Bréfritari: Sigríður Pálsdóttir
Viðtakandi: Páll Pálsson
Dagsetning: A-1866-09-10
Skrifað á: Breiðabólsstað  Rang.
Páll var bróðir Sigríðar

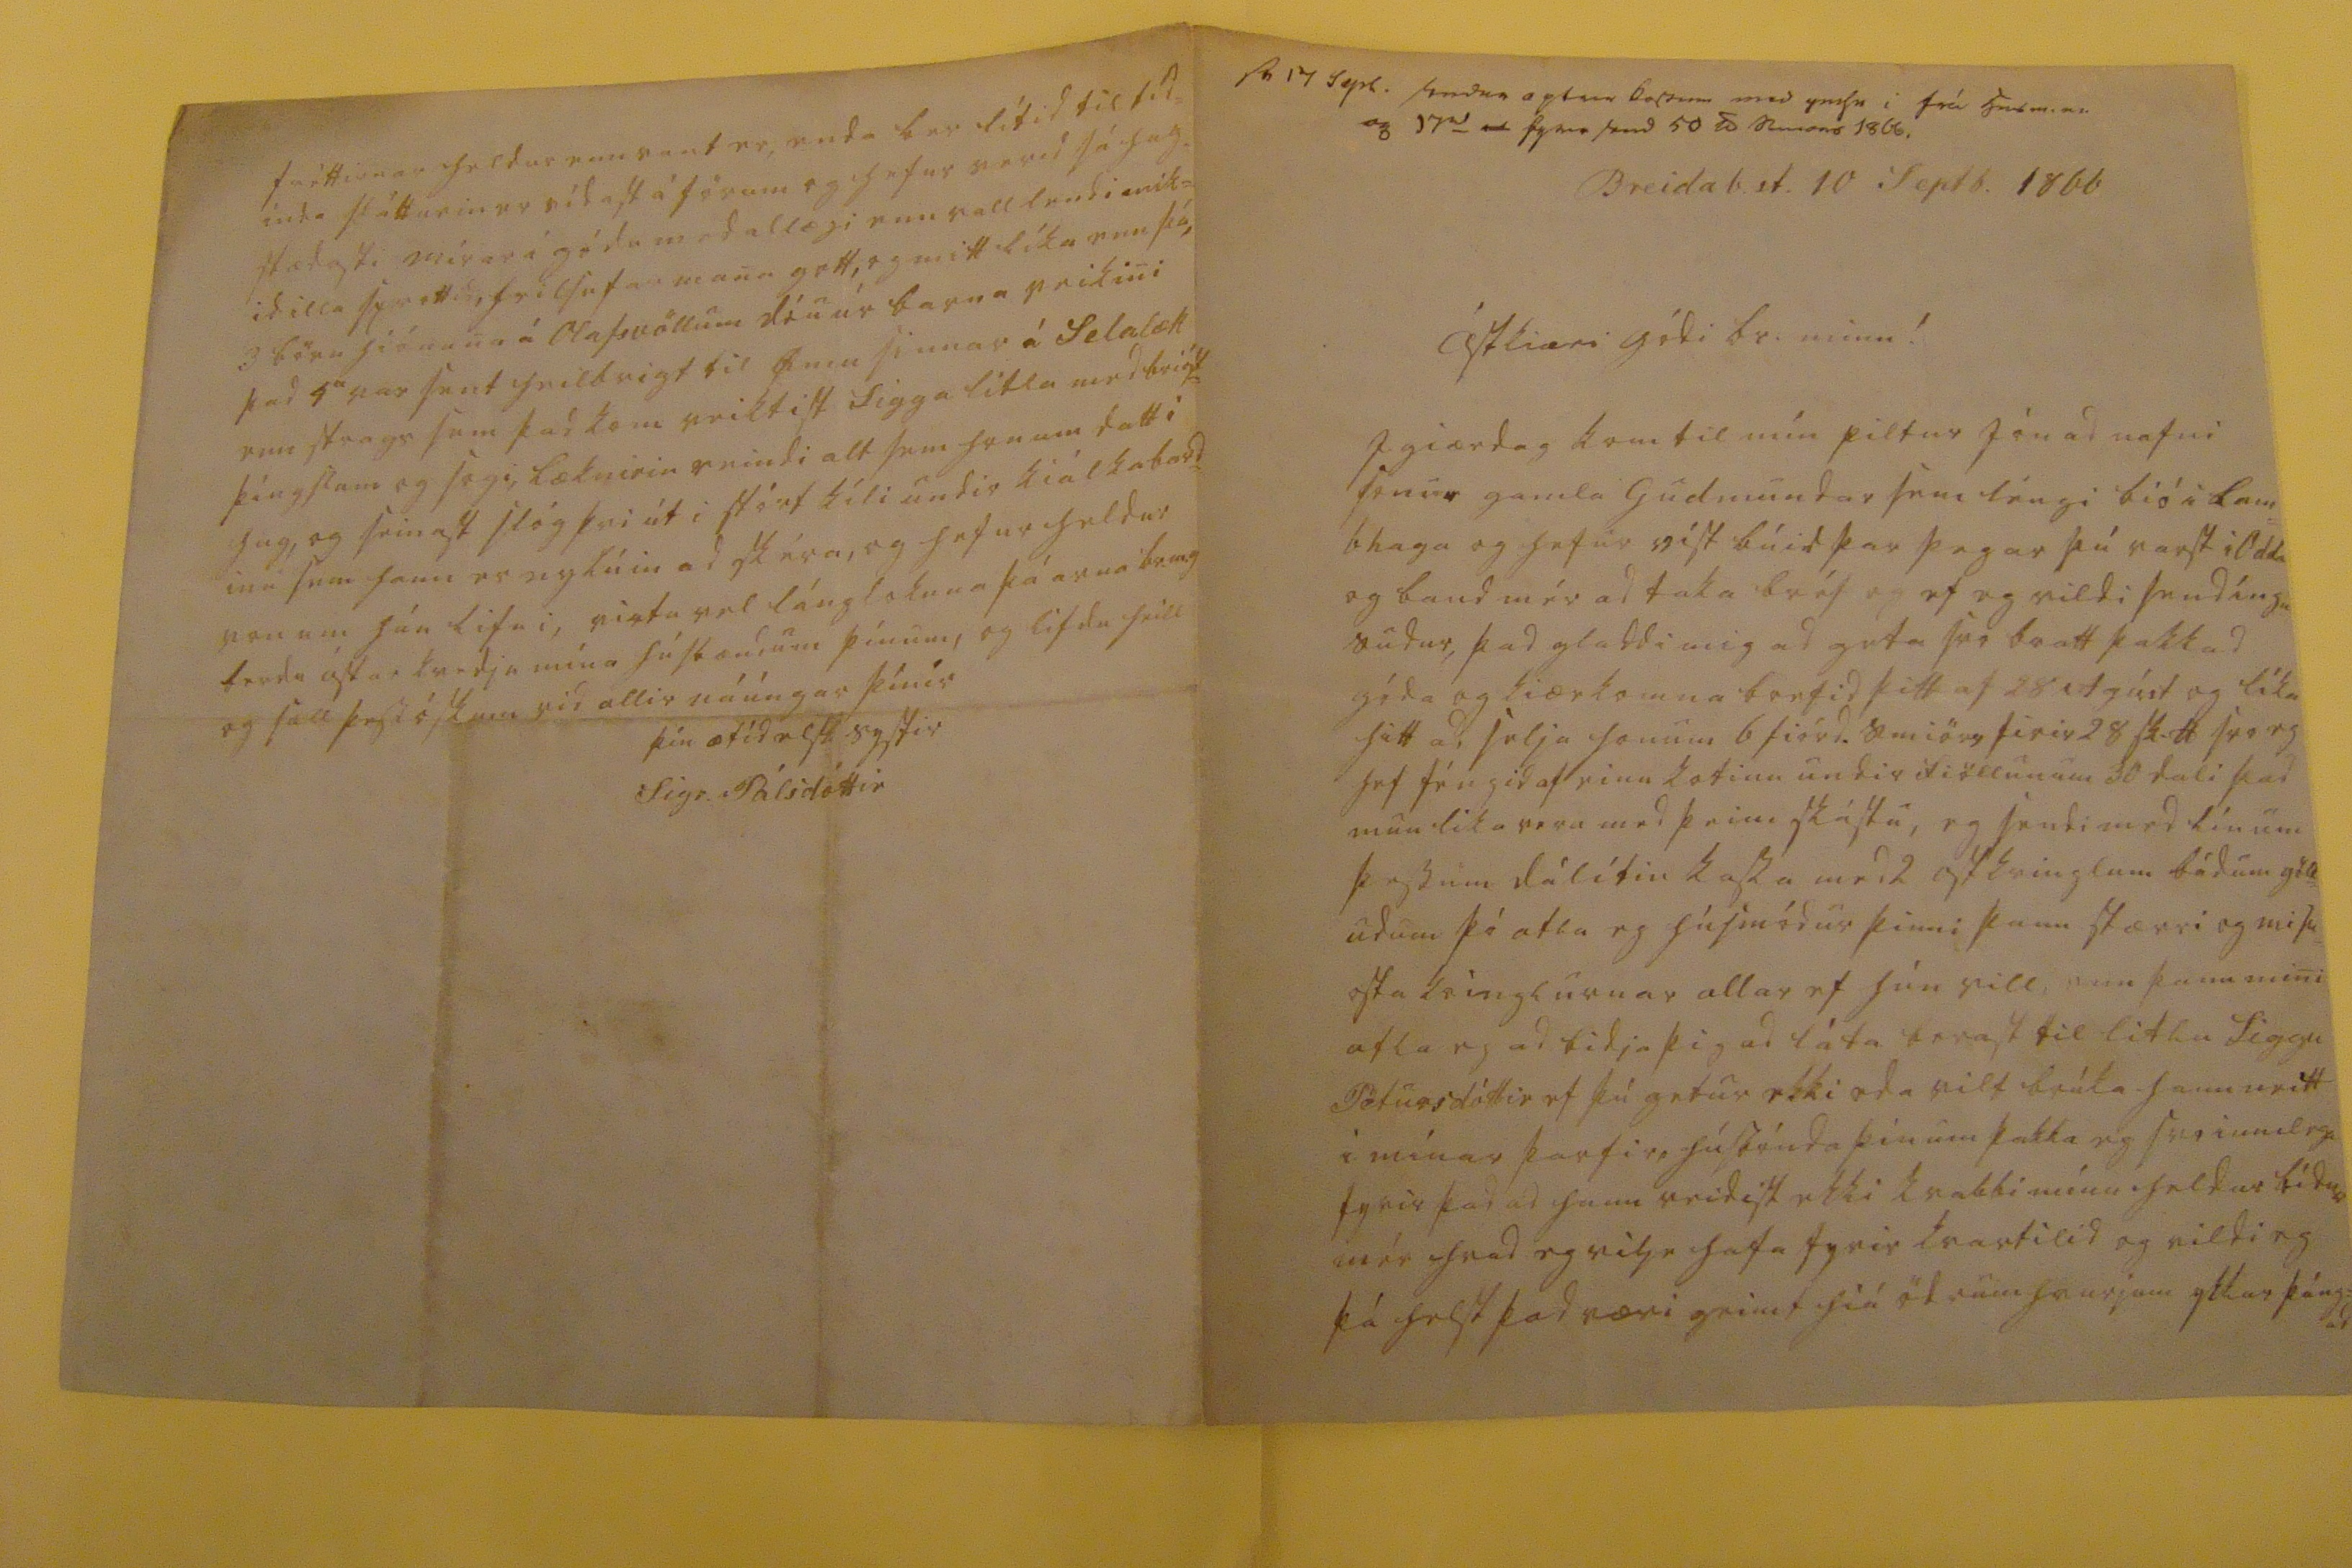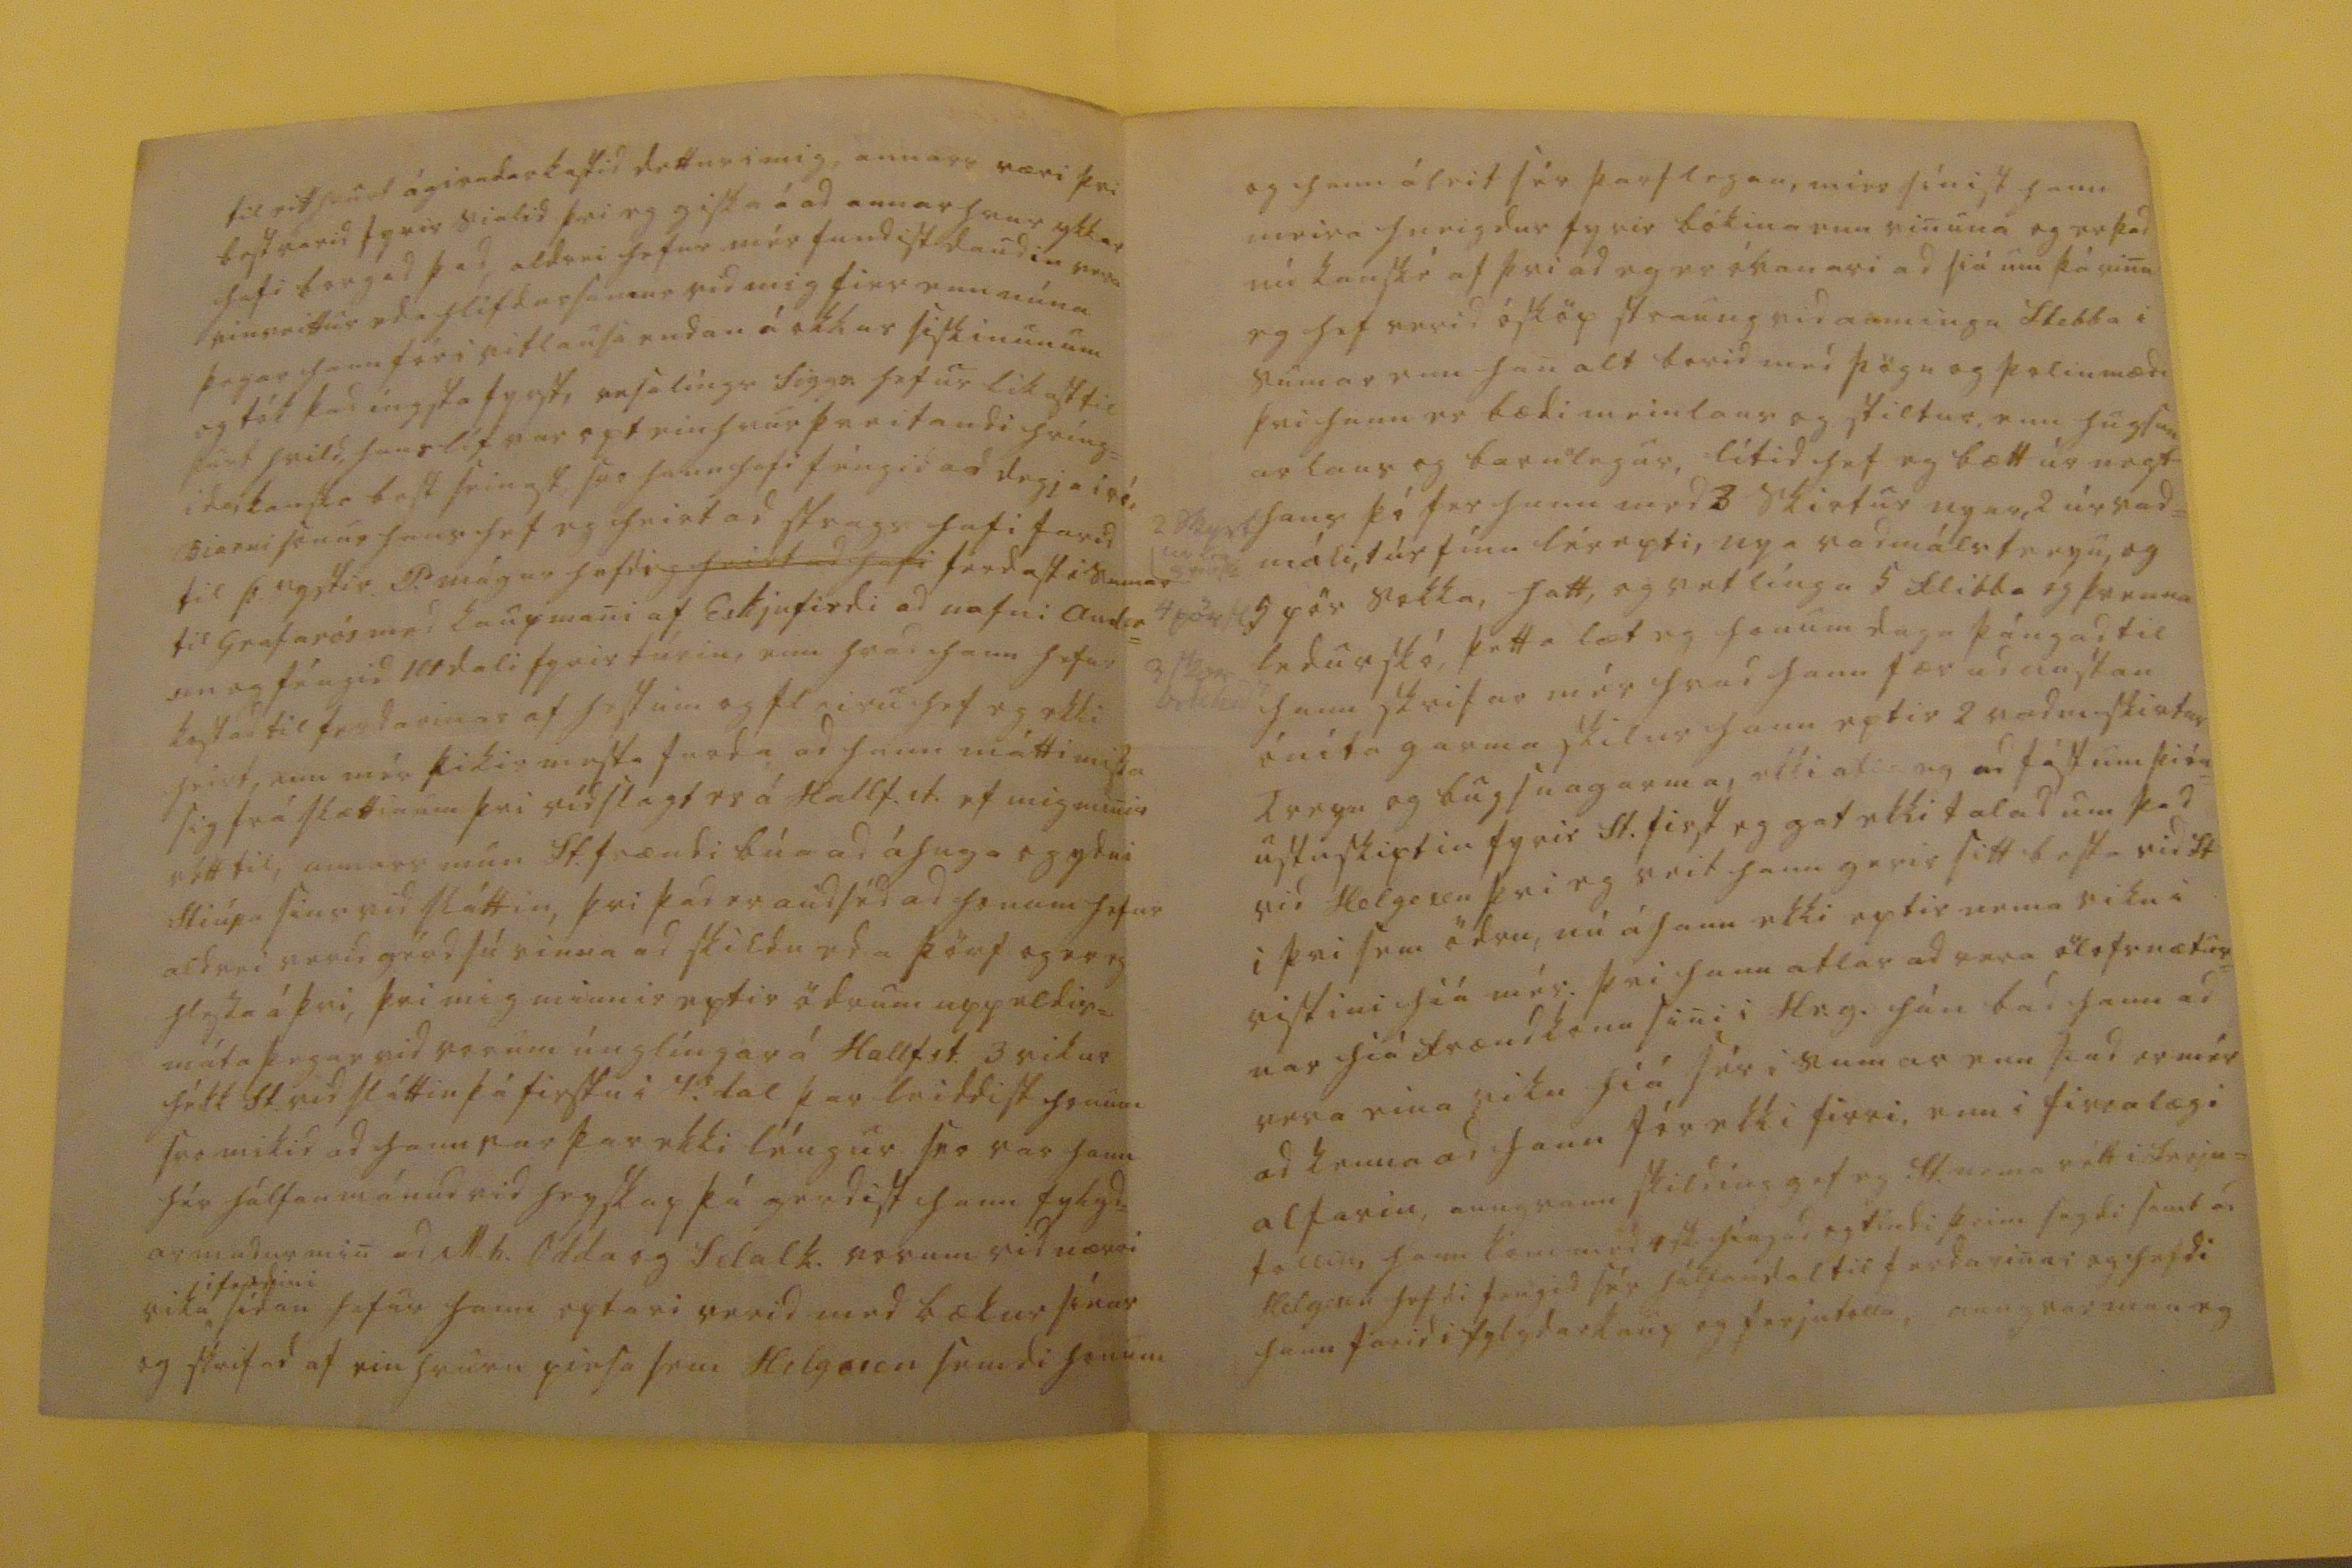

sv sv 17 Sepb. sendur aptur boss0nn med peisu i frá 00b m. 00 og 17
00
00 fyrra send 50 s00000 1866.
Breidab.st. 10 Septb. 1866
ástkiæri gódi br. minn!
I giærdag kom til mín piltur Jón ad nafni sonur gamla Gudmundar sem léngi bió i lam= bhaga og hefur vist búid þar þegar þú varst i Odda og baud mér ad taka bréf og ef eg vildi sendíngu sudur, þad gladdi mig ad geta svo bratt þakkad góda og kiærkomna brefid þitt af 28 Agúst og líka hitt ad selja honum 6 fiórd. smiörs firir 28 sk. lb svo eg hef féngid af einu kotinu undir fiöllunum 30 dali þad mun lika vera med þeim skástu, eg sendi med línum þessum dálítin kassa med 2 ostkringlum bádum göll= udum þó atla eg húsmódur þinni þann stærri og misu= osta kringlurnar allar ef hún vill, enn þann mini atla eg ad bidja þig ad láta berast til litlu Siggu Pétursdóttir ef þú getur ekki eda vilt brúka hann neitt i mínar þarfir, húsbónda þínum þakka eg svo innilega fyrir þad ad hann reidist ekki kvabbi mínu heldur bidur mér hvad eg vilje hafa fyrir kvartilid og vildi eg þá helst þad væri geimt hiá ödrum hvurjum ykkar þáng= ad
til eitthvurt ágirndar kastid dettur i mig, annars væri þvi best varid fyrir sialid þvi eg giska á ad annar hvur ykkar hafi borgad þad, aldrei hefur mér fundist daudin vera vinveittur eda hlífdarsamur vid mig firr enn núna þegar hann fór i vitlausa endan á okkur siskinunum og tók þad íngsta fyrst, vesalíngs Siggr: hefur likast til þurt hvild, hans líf var opt einhvur þreitandi hríng= idá kanske best seinast, svo hann hafi féngid ad degja i ró, Biarni sonur hans hef eg heirt ad strags hafi farid til Þ. systir P. mágur hafdi
g heirt ad hafi
ferdast i sumar til Grafarós med kaupmani af Eskjufirdi ad nafni Ander= sen og féngid 100 dali fyrir túrin, enn hvad hann hefur kastad til ferdarinar af hestum og fleiru hef eg ekki heirt, enn mér þikir mesta
froda
ad hann mátti missa sig frá slættinum þvi vídslagt er á Hallf.st. ef mig minir rétt til, annars mun St. frændi búa ad áhuga og ydni stiúpa sins vid sláttin, þvi þad er audséd ad honum hefur aldrei verid gérd sú vinna ad skildu eda þörf og er eg hlessa á þvi, þvi mig minnir eptir ödrum uppeldis= máta þegar vid vorum únglíngar á Hallf.st. 3 vikur hékk St. vid sláttin þá firstu i V.dal þar leiddist honum svo mikid ad hann var þar ekki léngur svo var hann hér hálfan mánud vid heyskap þá gerdist hann fykyd= ar madur min ad M.h. Odda og Selalk. vorum vid nærri viku
i ferdini
sídan hefur hann optar i verid med bækur sínar og skrifad af einhvurn piesa sem Helgason semdi honum
og hann áleit sér þarflegan, mier sínist hann meira hneigdur fyrir bókina enn vinuna og er þad nú kanské af þvi ad eg er óvanari ad siá um þá vinu eg hef verid ósköp straung vid auminga Stebba i sumar enn han alt borid med þögn og þolinmædi þvi hann er bædi meinlaus og stiltur enn hugsun ar laus og barnlegur, lítid hef eg bætt úr nægt hans þó fer hann med 3 skirtur nyar, 2 úr vad= máli, 1 úr fínu lérepti, nya vadmáls treyu, og 5 pör sokka, hatt, og vetlínga 5 flibba og þrenna ledurskó, þetta læt eg honum duga þángad til hann skrifar mér hvad hann fær ad austan óníta garma skilur hann eptir 2 vadm skirtur treyu og bugsnagarma, ekki atla eg ad fást um þión= ustuskiptin fyrir St. first eg gat ekki talad um þad vid Helgesen þvi eg veit hann gerir sitt besta vid St i þvi sem ödru, nú á hann ekki eptir nema viku i vistini hiá mér þvi hann atlar ad vera ölofsnætur= nar hiá frænkonu sini i Hr.g. hún bad hann ad vera eina viku hiá sér i sumar enn þad er mér ad kenna ad hann fór ekki firri, enn i firralægi alfarin, aungvann skildíng gef eg St. nema rétt i ferju= tollin, hann kom med
0sk
híngad og tíndi þeim sagdi samt á Helgesen hefdi fengid sér hefdi fengid sér hálfan dal til ferdavinu i og hefdi hann farid i fylgdarkaup og ferjutolla, aungvar man eg
fréttirnar heldur enn vant er, enda ber lítid til tíd= inda slátturin er vídast á förum og hefur verid sá hag= stædasti mírar i gódu medallægi enn valllendi mik= id illa sprottid, heilsufar mana gott, og mitt líka enn þá, 3 börn hiónana á Olafsvöllum dóu úr barna veikini þad 4
a
var sent heilbrigt til
Omu
sinnar á Selalæk enn strags sem þad kom veiktist Sigga litla med brióst= þínslum og sogi, læknirin reindi alt sem honum datt i hug, og seinast slóg þvi út i stórt kíli undir kiálkabord= inu sem hann er nybúin ad skéra, og hefur heldur von um hún lifni, virtu vel lánglokuna þá arna br.m.g berdu ástar kvedju mína húsbændum þínum, og lifdu heill og sæll þess óskum vid allir náungar þínir
þín ætíd elsk. systir
Sigr. Pálsdóttir